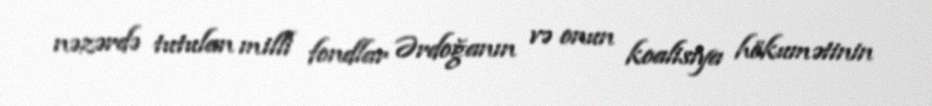
nəzərdə tutulan milli fondlar Ərdoğanın və onun koalisiya hökumətinin